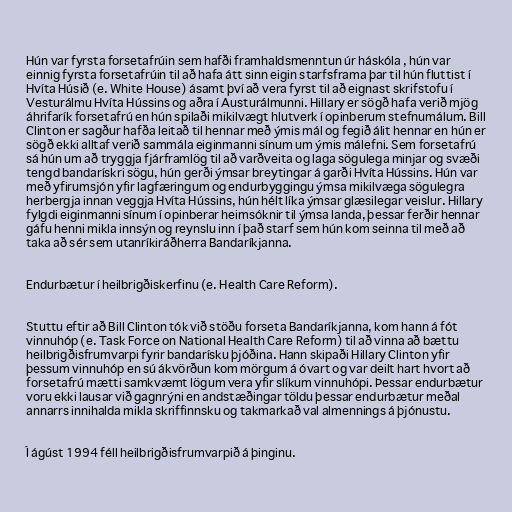
Hún var fyrsta forsetafrúin sem hafði framhaldsmenntun úr háskóla , hún var
einnig fyrsta forsetafrúin til að hafa átt sinn eigin starfsframa þar til hún fluttist í
Hvíta Húsið (e. White House) ásamt því að vera fyrst til að eignast skrifstofu í
Vesturálmu Hvíta Hússins og aðra í Austurálmunni. Hillary er sögð hafa verið mjög
áhrifarík forsetafrú en hún spilaði mikilvægt hlutverk í opinberum stefnumálum. Bill
Clinton er sagður hafða leitað til hennar með ýmis mál og fegið álit hennar en hún er
sögð ekki alltaf verið sammála eiginmanni sínum um ýmis málefni. Sem forsetafrú
sá hún um að tryggja fjárframlög til að varðveita og laga sögulega minjar og svæði
tengd bandarískri sögu, hún gerði ýmsar breytingar á garði Hvíta Hússins. Hún var
með yfirumsjón yfir lagfæringum og endurbyggingu ýmsa mikilvæga sögulegra
herbergja innan veggja Hvíta Hússins, hún hélt líka ýmsar glæsilegar veislur. Hillary
fylgdi eiginmanni sínum í opinberar heimsóknir til ýmsa landa, þessar ferðir hennar
gáfu henni mikla innsýn og reynslu inn í það starf sem hún kom seinna til með að
taka að sér sem utanríkiráðherra Bandaríkjanna.

Endurbætur í heilbrigðiskerfinu (e. Health Care Reform).

Stuttu eftir að Bill Clinton tók við stöðu forseta Bandaríkjanna, kom hann á fót
vinnuhóp (e. Task Force on National Health Care Reform) til að vinna að bættu
heilbrigðisfrumvarpi fyrir bandarísku þjóðina. Hann skipaði Hillary Clinton yfir
þessum vinnuhóp en sú ákvörðun kom mörgum á óvart og var deilt hart hvort að
forsetafrú mætti samkvæmt lögum vera yfir slíkum vinnuhópi. Þessar endurbætur
voru ekki lausar við gagnrýni en andstæðingar töldu þessar endurbætur meðal
annarrs innihalda mikla skriffinnsku og takmarkað val almennings á þjónustu.

Í ágúst 1994 féll heilbrigðisfrumvarpið á þinginu.